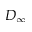
D _ { \infty }